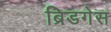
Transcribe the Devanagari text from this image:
ब्रिडगेस